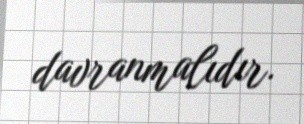
davranmalıdır.